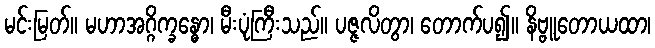
မင်းမြတ်။ မဟာအဂ္ဂိက္ခန္ဓော၊ မီးပုံကြီးသည်။ ပဇ္ဇလိတွာ၊ တောက်ပ၍။ နိဗ္ဗူတောယထာ၊